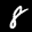
Label: 8